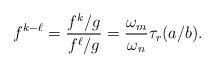
\begin{align*}f^{k-\ell} = \frac{f^k/g}{f^\ell/g} = \frac{\omega_m}{\omega_n} \tau_r(a/b).\end{align*}